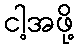
ငါ့အဖို့